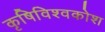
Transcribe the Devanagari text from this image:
कृषिविश्वकोश